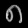
Digit: ၈